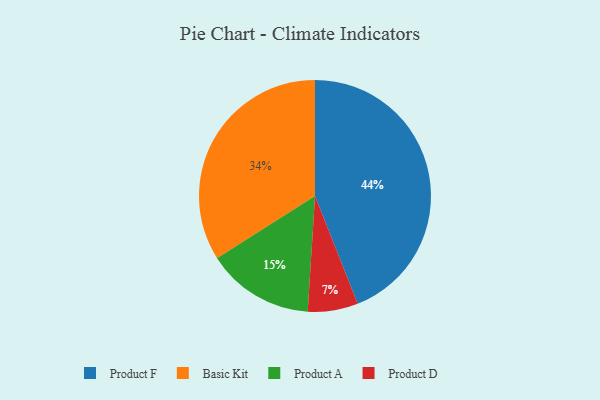
{"axis": {"x": "Category", "y": "Percentage"}, "legend": ["Basic Kit", "Product A", "Product D", "Product F"], "data": [{"x": "Product A", "y": 15, "type": "Product A"}, {"x": "Product F", "y": 44, "type": "Product F"}, {"x": "Basic Kit", "y": 34, "type": "Basic Kit"}, {"x": "Product D", "y": 7, "type": "Product D"}]}